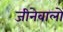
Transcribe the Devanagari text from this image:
जीनेवालों